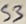
Text: S3